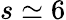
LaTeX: s\simeq 6